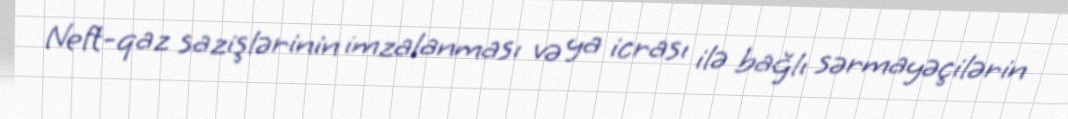
Neft-qaz sazişlərinin imzalanması və ya icrası ilə bağlı sərmayəçilərin